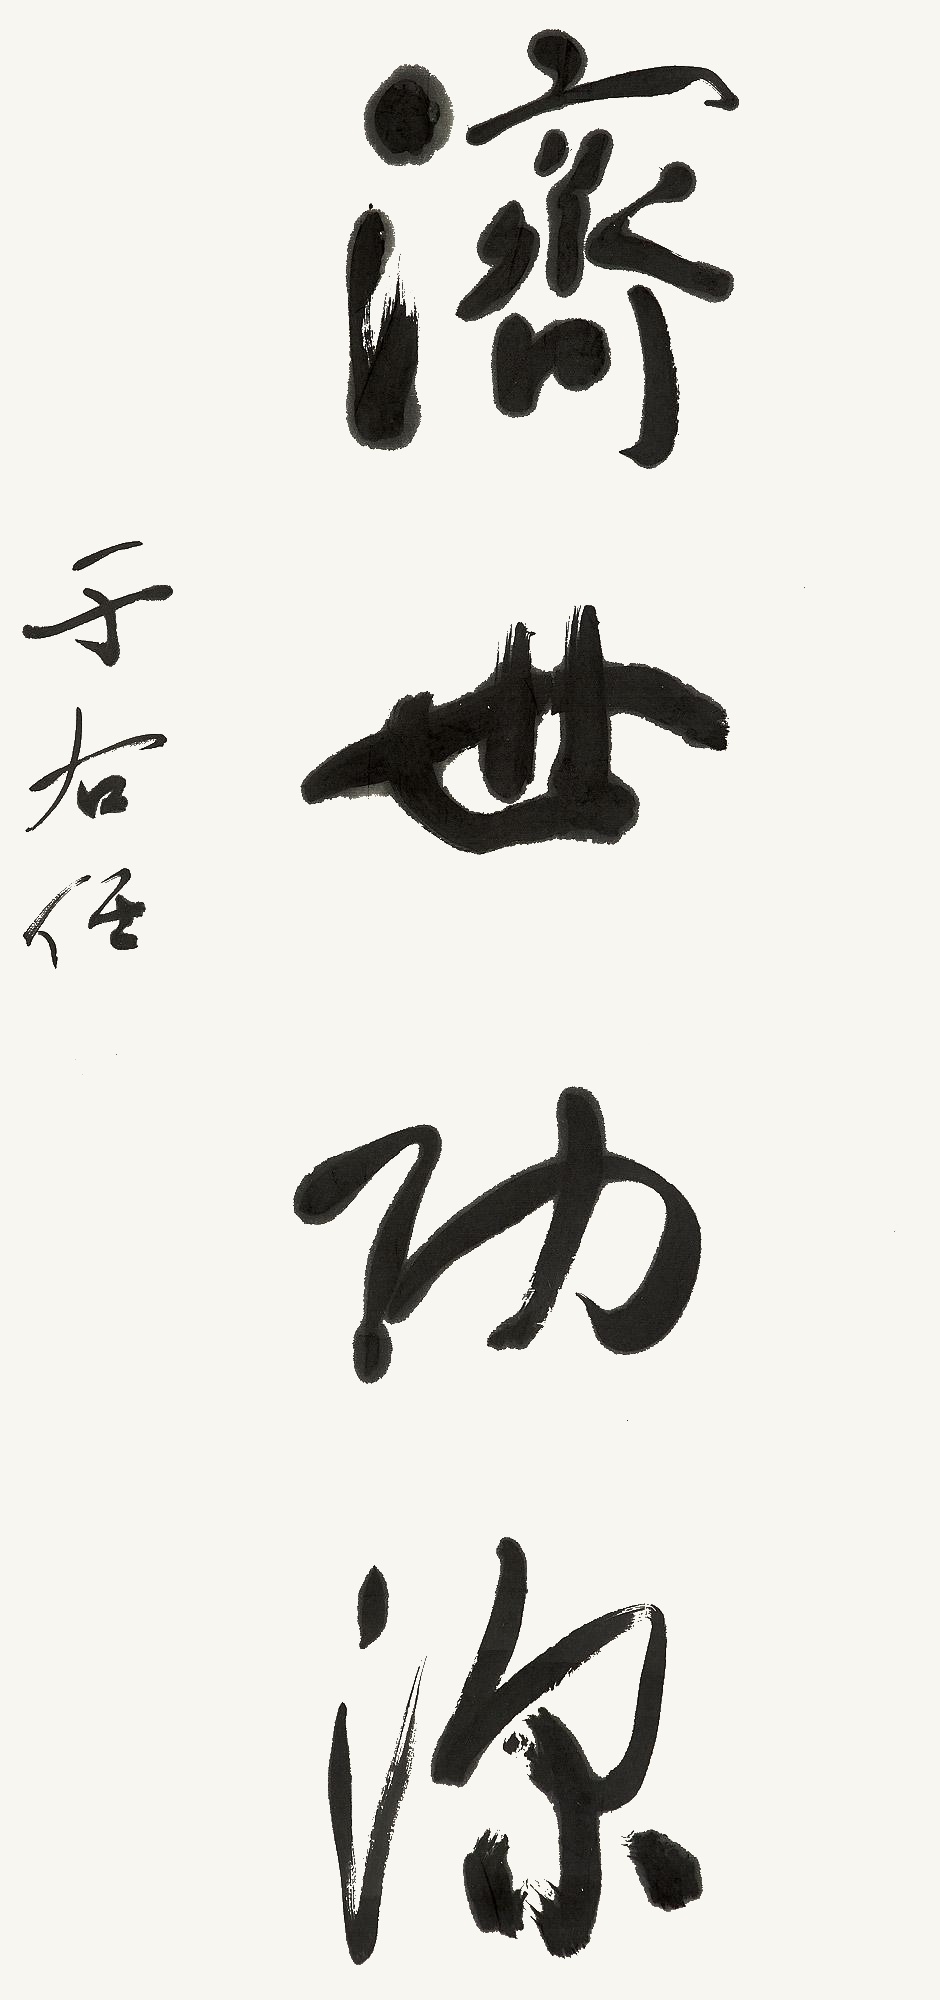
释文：济世功沵。于右任。